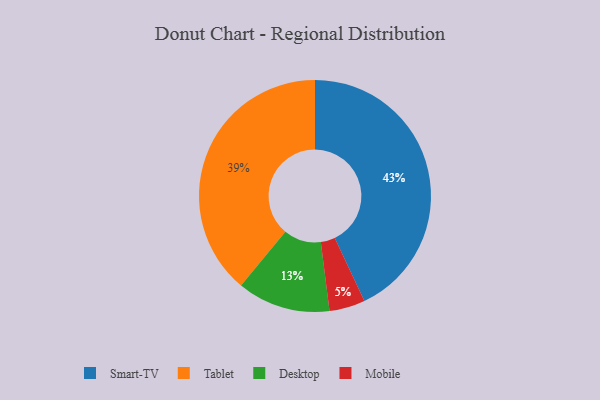
{"axis": {"x": "Category", "y": "Percentage"}, "legend": ["Desktop", "Mobile", "Smart-TV", "Tablet"], "data": [{"x": "Tablet", "y": 39, "type": "Tablet"}, {"x": "Desktop", "y": 13, "type": "Desktop"}, {"x": "Mobile", "y": 5, "type": "Mobile"}, {"x": "Smart-TV", "y": 43, "type": "Smart-TV"}]}